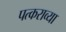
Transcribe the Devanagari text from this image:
पत्कराव्या